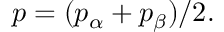
p = ( p _ { \alpha } + p _ { \beta } ) / 2 .